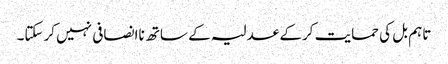
تاہم بل کی حمایت کرکے عدلیہ کے ساتھ ناانصافی نہیں کرسکتا۔